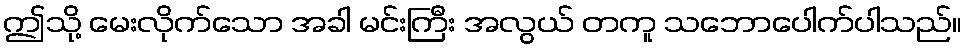
ဤသို့ မေးလိုက်သော အခါ မင်းကြီး အလွယ် တကူ သဘောပေါက်ပါသည်။